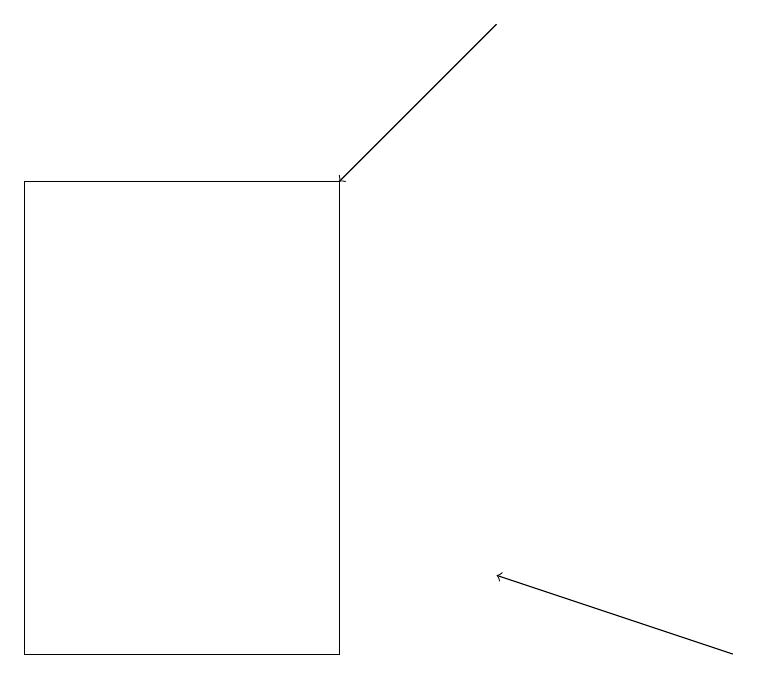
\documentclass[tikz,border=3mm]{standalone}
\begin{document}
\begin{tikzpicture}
\draw[->] (6,19) -- (4,17);
\draw (0,11) rectangle (4,17);
\draw[->] (9,11) -- (6,12);
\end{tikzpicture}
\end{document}